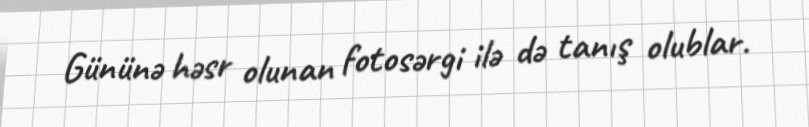
Gününə həsr olunan fotosərgi ilə də tanış olublar.